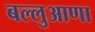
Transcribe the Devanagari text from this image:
बल्लुआणा